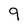
Character: 9